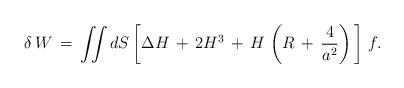
LaTeX: \begin{align*}\delta \,W\,=\,\int \!\!\!\int dS\left [ \Delta H \,+\,2H^3\,+\,H\, \left (R\,+\,\frac{4}{a^2}\right )\,\right ]\,f.\end{align*}